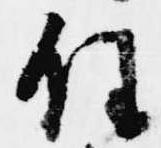
任